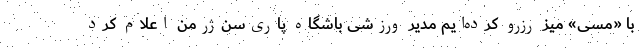
با «مسی» میز رزرو کرده‌ایم مدیر ورزشی باشگاه پاری‌سن‌ژرمن اعلام کرد